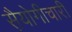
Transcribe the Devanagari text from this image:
स़ैयोगीचारी